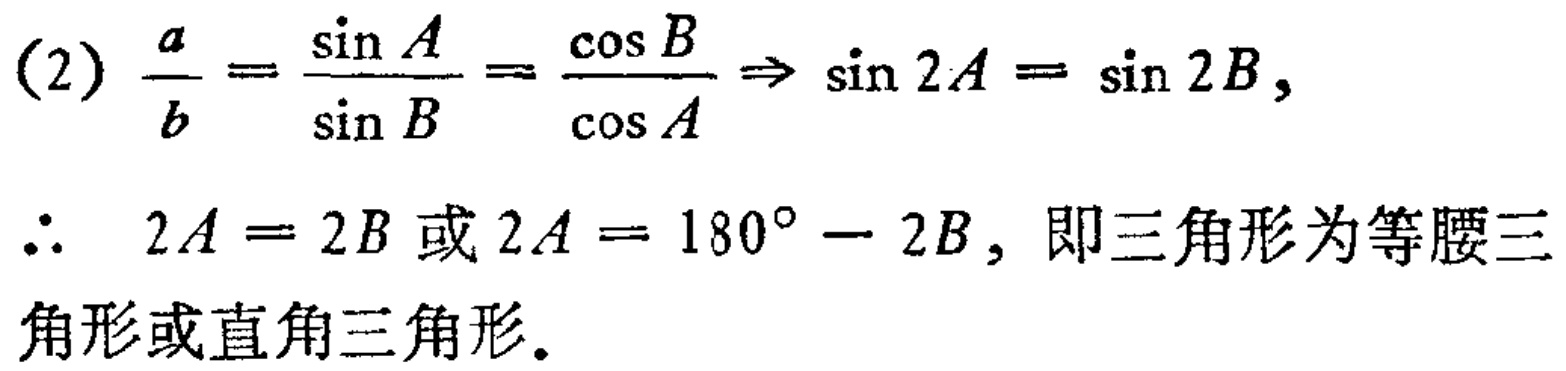
(2) \(\frac{a}{b}=\frac{\sin A}{\sin B}=\frac{\cos B}{\cos A}\Rightarrow \sin 2A = \sin 2B\),
\(\therefore\) \(2A = 2B\) 或 \(2A = 180^{\circ}-2B\), 即三角形为等腰三角形或直角三角形.